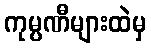
ကုမ္ပဏီများထဲမှ